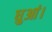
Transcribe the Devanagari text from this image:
धुआं।